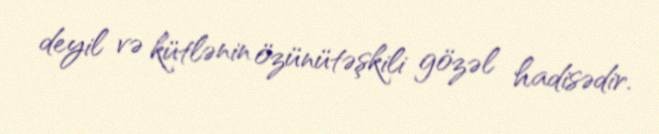
deyil və kütlənin özünütəşkili gözəl hadisədir.